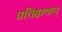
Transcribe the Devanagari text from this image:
प्रतिष्ठावान्